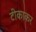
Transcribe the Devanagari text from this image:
टीकाकर